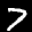
Label: 7